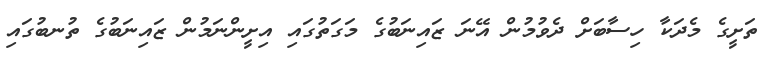
ތަށީގެ މެދަކާ ހިސާބަށް ދެވުމުން އޭނަ ޒައިނަބުގެ މަގަތުގައި އިށީންނަމުން ޒައިނަބުގެ ތުނބުގައި